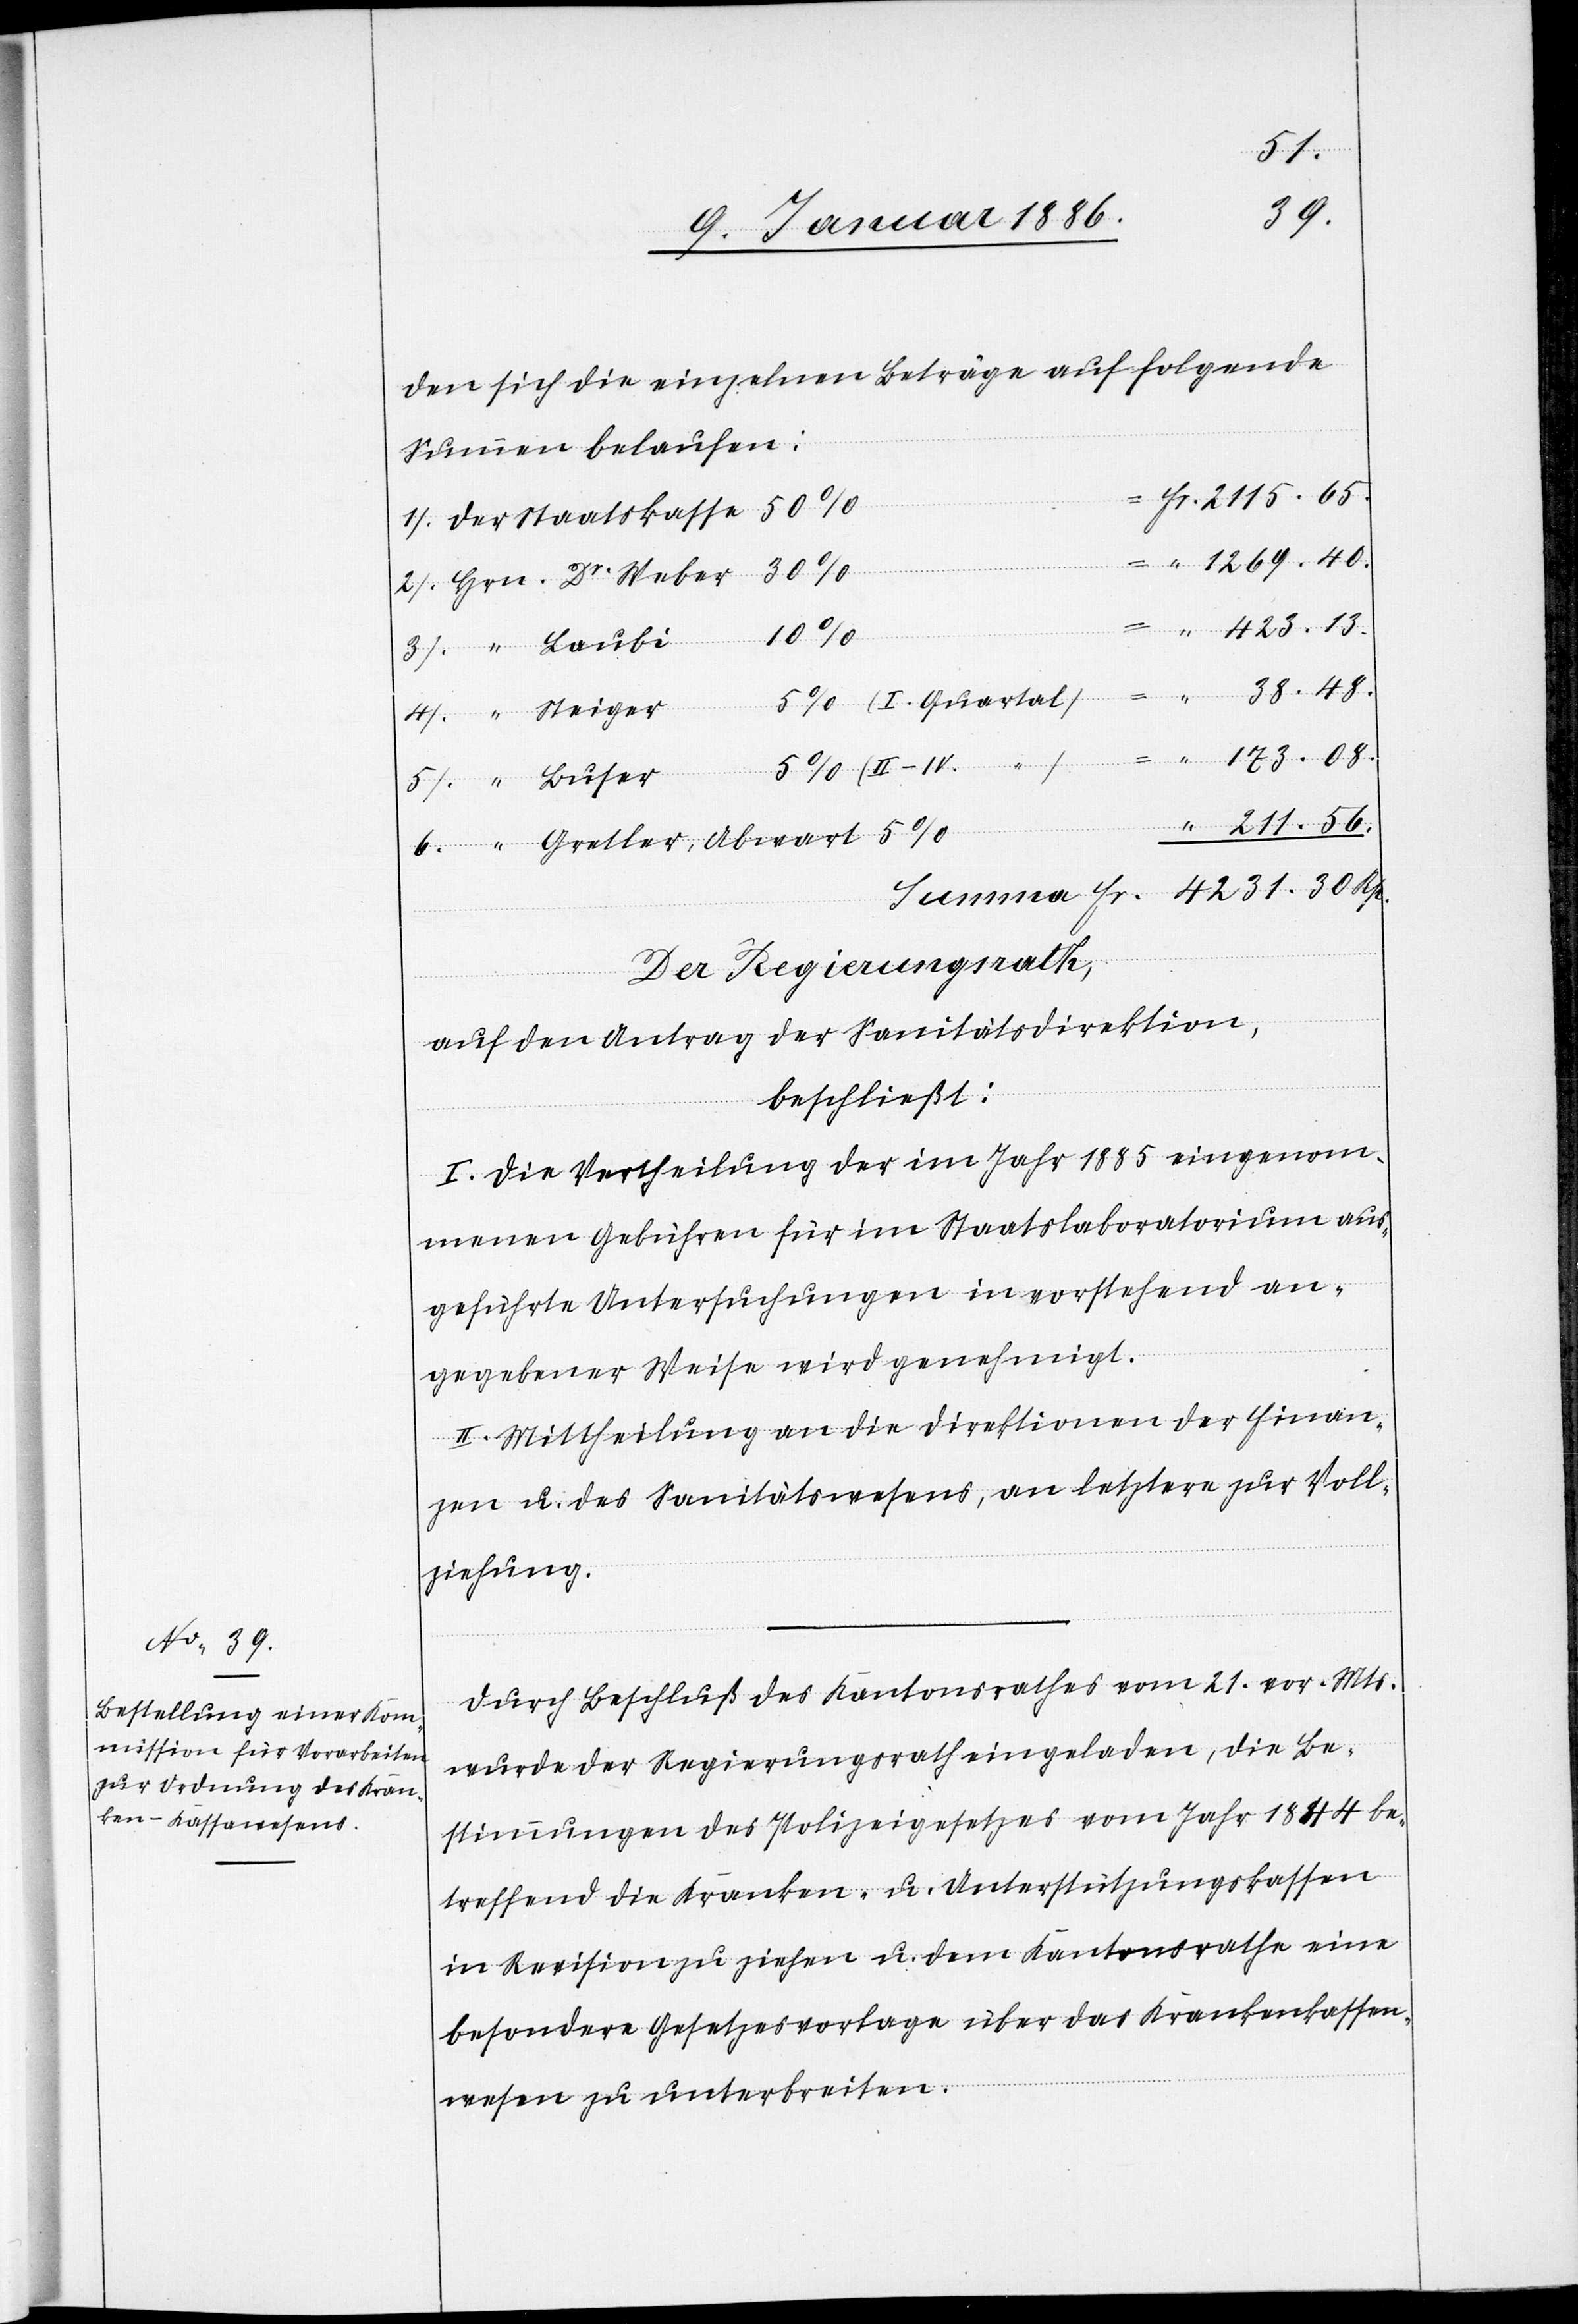
21.
30
den sich die einzelnen Beträge auf folgende
Summen belaufen:
“
173.
Der Regierungsrath,
auf den Antrag der Sanitätsdirektion,
Rp.
beschließt:
I. Die Vertheilung der im Jahr 1885 eingenom¬
menen Gebühren für im Staatslaboratorium aus¬
geführten Untersuchungen in vorstehend an¬
gegebener Weise wird genehmigt.
II. Mittheilung an die Direktion der Finan¬
zen u. des Sanitätswesens, an letztern zur Voll¬
ziehung.
Durch Beschluß des Kantonsrathes vom 21. vor. Mts.
wurde der Regierungsrath eingeladen, die Be¬
stimmungen des Polizeigesetzes vom Jahr 1844 be¬
treffend die Kranken- u. Unterstützungskassen
in Revision zu ziehen u. dem Kantonsrathe eine
besondere Gesetzesvorlage über das Krankenkassen¬
wesen zu unterbreiten.